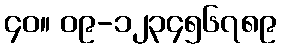
၄၀။ ၀၉-၁၂၃၄၅၆၇၈၉